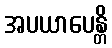
အပယာပေန္တိ